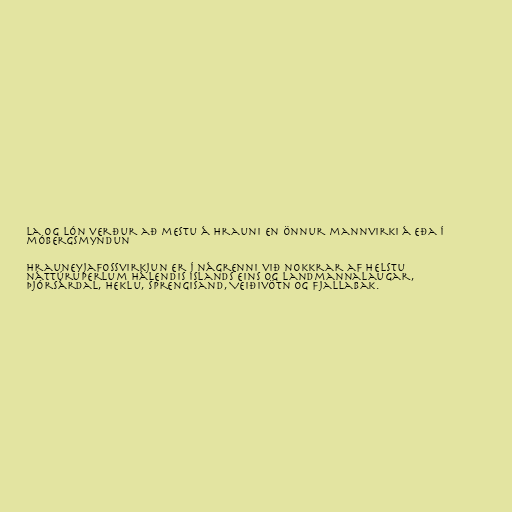
la og lón verður að mestu á hrauni en önnur mannvirki á eða í
móbergsmyndun

Hrauneyjafossvirkjun er í nágrenni við nokkrar af helstu
náttúruperlum hálendis Íslands eins og Landmannalaugar,
Þjórsárdal, Heklu, Sprengisand, Veiðivötn og Fjallabak.